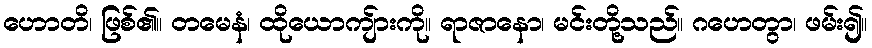
ဟောတိ၊ ဖြစ်၏။ တမေနံ၊ ထိုယောကျ်ားကို။ ရာဇာနော၊ မင်းတို့သည်။ ဂဟေတွာ၊ ဖမ်း၍။